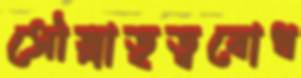
সৌভ্রাতৃত্ববোধ